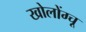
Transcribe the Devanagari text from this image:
खोलोंग्चू